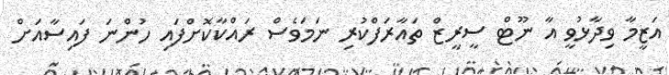
އަޒީމާ ވިދާޅުވީ އާ ނޫޓް ސީރީޒް ތައާރަފްކުރި ނަމަވެސް ރައްކާކޮށްފައި ހުންނަ ފައިސާއަށް